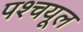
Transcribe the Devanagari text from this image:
पश्‍चयूल